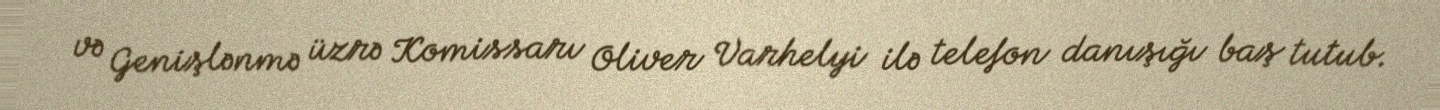
və Genişlənmə üzrə Komissarı Oliver Varhelyi ilə telefon danışığı baş tutub.